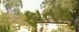
ફાતડા